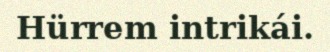
Hürrem intrikái.